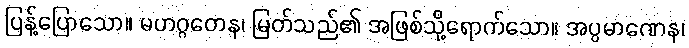
ပြန့်ပြောသော။ မဟဂ္ဂတေန၊ မြတ်သည်၏ အဖြစ်သို့ရောက်သော။ အပ္ပမာဏေန၊